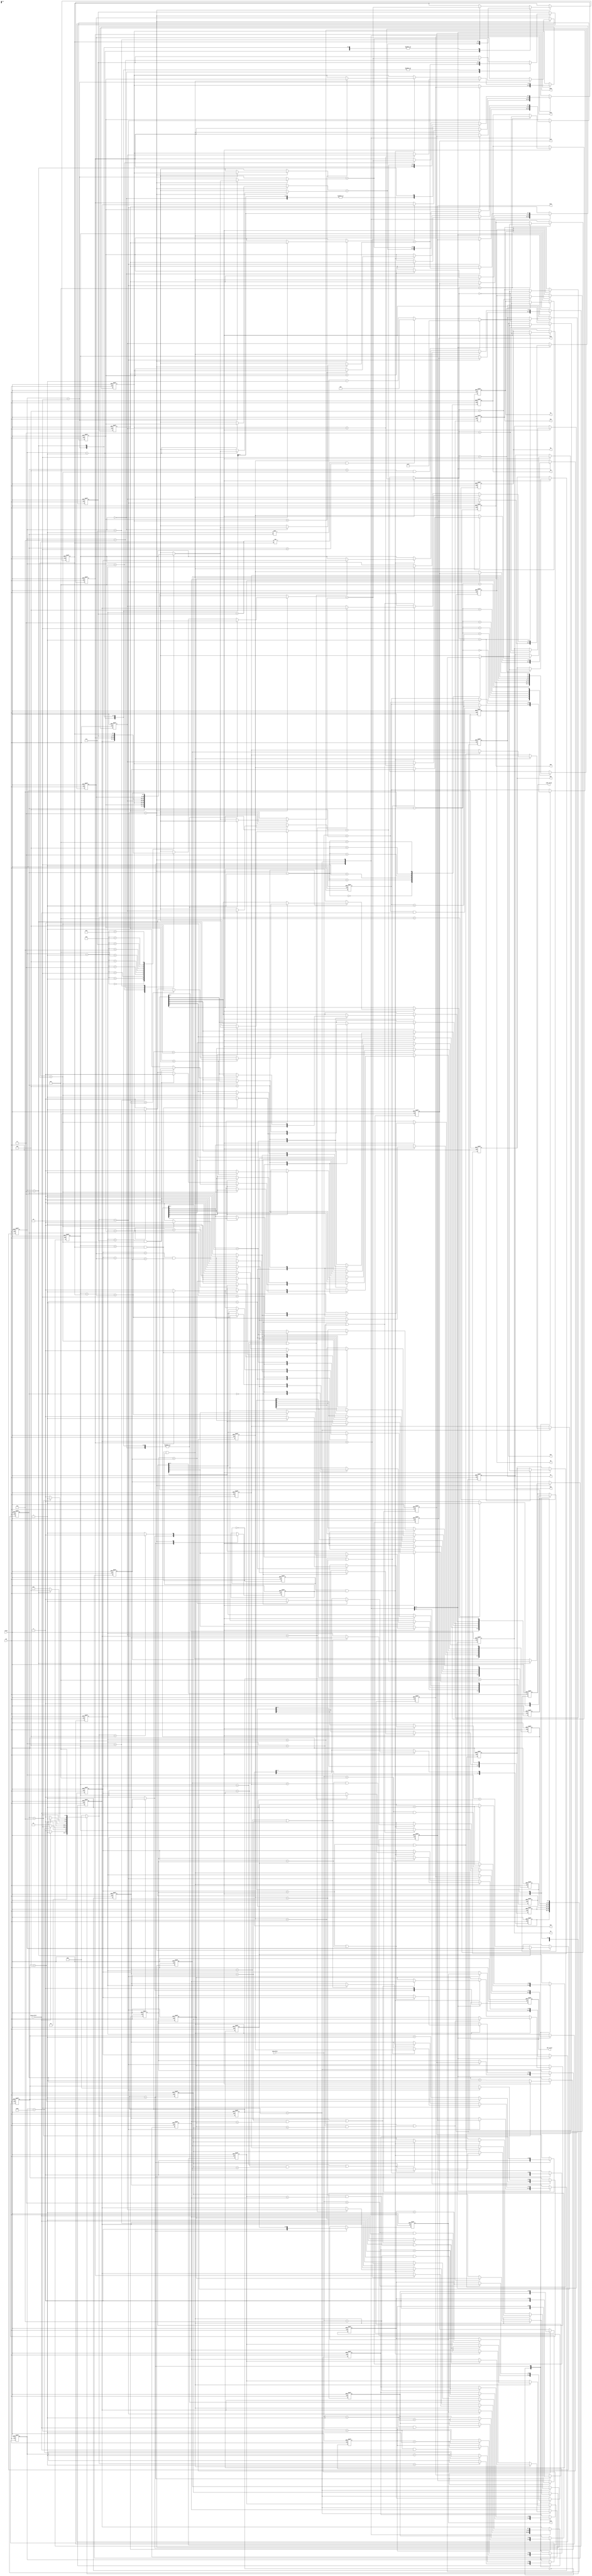
//############################################################################
//++++++++++++++++++++++++++++++++++++++++++++++++++++++++++++++++++++++++++++
// 	2018 IC CONTEST
// 	Project	:	Huffman Coding
//++++++++++++++++++++++++++++++++++++++++++++++++++++++++++++++++++++++++++++
// 	Module Name	:	huffman
//++++++++++++++++++++++++++++++++++++++++++++++++++++++++++++++++++++++++++++
//############################################################################

module huffman(clk, reset, gray_valid, gray_data, CNT_valid, CNT1, CNT2, CNT3, CNT4, CNT5, CNT6,code_valid, HC1, HC2, HC3, HC4, HC5, HC6, M1, M2, M3, M4, M5, M6);

input clk;
input reset;
input gray_valid;
input [7:0] gray_data;
output reg CNT_valid;
output reg [7:0] CNT1, CNT2, CNT3, CNT4, CNT5, CNT6;
output reg code_valid;
output reg [7:0] HC1, HC2, HC3, HC4, HC5, HC6;
output reg [7:0] M1, M2, M3, M4, M5, M6;

reg			in_valid;
reg			sort_flag;
reg			sort_index;
reg			comb_flag;

reg [2:0]   read_cnt;
reg	[2:0]	comb_cnt;
reg	[2:0]	sort_cnt;
reg	[2:0]	spilt_cnt;
reg	[6:0]	num_cnt;

reg	[6:0]	A1_cnt;
reg	[6:0]	A2_cnt;
reg	[6:0]	A3_cnt;
reg	[6:0]	A4_cnt;
reg	[6:0]	A5_cnt;
reg	[6:0]	A6_cnt;

reg	[7:0]	Queue		[0:5];	
reg	[7:0]	Out_Queue	[0:5];
reg	[2:0]	R_Queue		[0:5];
reg	[7:0]	C_Queue		[0:9];

reg	[2:0]	current_state;
reg	[2:0]	next_state;

integer i;

parameter	IDLE	=	3'd0;
parameter	READ	=	3'd1;
parameter	SORT 	=	3'd2;
parameter	COMB 	=	3'd3;
parameter	SPLIT 	=	3'd4;
parameter	FINISH 	=	3'd5; 

//++++++++++++++++++++++++++++++++++++++++++++++++++++++++++++++++++++++++++++
//FSM
//++++++++++++++++++++++++++++++++++++++++++++++++++++++++++++++++++++++++++++

always @(posedge clk or posedge reset) 
	begin
		if(reset)
			begin
				current_state <= IDLE;
			end
		else 
			begin
				current_state <= next_state;
			end
	end

always @(*) 
	begin
		case(current_state)
				IDLE:	next_state = (gray_valid) ? READ : IDLE;
				READ:	next_state = ( (num_cnt == 7'd101) ) ? SORT : READ;
				SORT:	next_state = (sort_cnt == 3'd4) ? COMB : SORT;
				COMB:	next_state = (comb_cnt == 3'd3) ? SPLIT : /*(comb_cnt > 3'd0) ?*/ SORT/* : COMB*/;
				SPLIT:	next_state = (spilt_cnt == 3'd6) ? FINISH : SPLIT;
				FINISH:	next_state = FINISH;
		default:
			begin
				next_state = IDLE;
			end
		endcase
	end

//++++++++++++++++++++++++++++++++++++++++++++++++++++++++++++++++++++++++++++
//NUM_CNT
//++++++++++++++++++++++++++++++++++++++++++++++++++++++++++++++++++++++++++++

always @(posedge clk or posedge reset) 
	begin
		if(reset)
			begin
				num_cnt <= 7'd0;
			end
		else 
			begin
				case(current_state)
					IDLE:
						begin
							num_cnt <= (next_state == READ) ? num_cnt + 7'd1 : num_cnt;
						end
					READ:
						begin
							num_cnt <= (num_cnt == 7'd101) ? num_cnt : num_cnt + 7'd1;
						end
				default:
					begin
						num_cnt <= num_cnt;
					end
				endcase
			end
	end

//++++++++++++++++++++++++++++++++++++++++++++++++++++++++++++++++++++++++++++
//A_CNT
//++++++++++++++++++++++++++++++++++++++++++++++++++++++++++++++++++++++++++++

always @(posedge clk or posedge reset) 
	begin
		if(reset)
			begin
				A1_cnt <= 7'd0;
				A2_cnt <= 7'd0;
				A3_cnt <= 7'd0;
				A4_cnt <= 7'd0;
				A5_cnt <= 7'd0;
				A6_cnt <= 7'd0;
			end
		else 
			begin
				case(current_state)
					IDLE:
						begin
							A1_cnt <= ( (gray_data == 8'd1) && (gray_valid) )  ? A1_cnt + 7'd1 : A1_cnt;
							A2_cnt <= ( (gray_data == 8'd2) && (gray_valid) )  ? A2_cnt + 7'd1 : A2_cnt;
							A3_cnt <= ( (gray_data == 8'd3) && (gray_valid) )  ? A3_cnt + 7'd1 : A3_cnt;
							A4_cnt <= ( (gray_data == 8'd4) && (gray_valid) )  ? A4_cnt + 7'd1 : A4_cnt;
							A5_cnt <= ( (gray_data == 8'd5) && (gray_valid) )  ? A5_cnt + 7'd1 : A5_cnt;
							A6_cnt <= ( (gray_data == 8'd6) && (gray_valid) )  ? A6_cnt + 7'd1 : A6_cnt;
						end
					READ:
						begin
							A1_cnt <= (gray_data == 8'd1) ? A1_cnt + 7'd1 : A1_cnt;
							A2_cnt <= (gray_data == 8'd2) ?	A2_cnt + 7'd1 : A2_cnt;
							A3_cnt <= (gray_data == 8'd3) ?	A3_cnt + 7'd1 : A3_cnt;
							A4_cnt <= (gray_data == 8'd4) ?	A4_cnt + 7'd1 : A4_cnt;
							A5_cnt <= (gray_data == 8'd5) ?	A5_cnt + 7'd1 : A5_cnt;
							A6_cnt <= (gray_data == 8'd6) ?	A6_cnt + 7'd1 : A6_cnt;
						end
				default:
					begin
						A1_cnt <= A1_cnt;
						A2_cnt <= A2_cnt;
						A3_cnt <= A3_cnt;
						A4_cnt <= A4_cnt;
						A5_cnt <= A5_cnt;
						A6_cnt <= A6_cnt;
					end
				endcase
			end
	end

//++++++++++++++++++++++++++++++++++++++++++++++++++++++++++++++++++++++++++++
//CNT1~CNT6
//++++++++++++++++++++++++++++++++++++++++++++++++++++++++++++++++++++++++++++

always @(posedge clk or posedge reset) 
	begin
		if(reset)
			begin
				CNT1 <= 8'd0;
				CNT2 <= 8'd0;
				CNT3 <= 8'd0;
				CNT4 <= 8'd0;
				CNT5 <= 8'd0;
				CNT6 <= 8'd0;
			end
		else
			begin
				case(current_state)
					READ:
						begin
							CNT1 <= A1_cnt;
							CNT2 <= A2_cnt;
							CNT3 <= A3_cnt;
							CNT4 <= A4_cnt;
							CNT5 <= A5_cnt;
							CNT6 <= A6_cnt;								
						end
					SORT:
						begin
							CNT1 <= CNT1;
							CNT2 <= CNT2;
							CNT3 <= CNT3;
							CNT4 <= CNT4;
							CNT5 <= CNT5;
							CNT6 <= CNT6;
						end
				default:
						begin
							CNT1 <= CNT1;
							CNT2 <= CNT2;
							CNT3 <= CNT3;
							CNT4 <= CNT4;
							CNT5 <= CNT5;
							CNT6 <= CNT6;									
						end
				endcase							
			end
	end

//++++++++++++++++++++++++++++++++++++++++++++++++++++++++++++++++++++++++++++
//SORT_INDEX
//++++++++++++++++++++++++++++++++++++++++++++++++++++++++++++++++++++++++++++

always@(posedge clk or posedge reset)
	begin
        if(reset)
        	begin
        		sort_index <= 0;
        	end
        else
        	begin
        		sort_index <= ~sort_index;
        	end
     end

//++++++++++++++++++++++++++++++++++++++++++++++++++++++++++++++++++++++++++++
//COMB_FLAG
//++++++++++++++++++++++++++++++++++++++++++++++++++++++++++++++++++++++++++++

always @(posedge clk or posedge reset) 
	begin
		if(reset)
			begin
				comb_flag <= 1'd0;
			end
		else
			begin
				comb_flag <= ( C_Queue[5] == 8'd0 ) ? 1'd0 : 1'd1;																	
			end
	end

//++++++++++++++++++++++++++++++++++++++++++++++++++++++++++++++++++++++++++++
//IN_VALID
//++++++++++++++++++++++++++++++++++++++++++++++++++++++++++++++++++++++++++++

always@(posedge clk or posedge reset)
	begin
        if(reset)
        	begin
        		in_valid <= 1'd0;
        	end
        else
        	begin
        		case(current_state)
        			READ:
        				begin
        					in_valid <= (next_state == SORT) ? 1'd1 : 1'd0;
        				end
        			SORT:
        				begin
        					in_valid <= in_valid;
        				end
        			COMB:
        				begin
        				 	in_valid <= (next_state == SPLIT) ? 1'd0 : 1'd1;
        				 end 
        		default:
        			begin
        				in_valid <= in_valid;
        			end
        		endcase
        	end
       end

//++++++++++++++++++++++++++++++++++++++++++++++++++++++++++++++++++++++++++++
//SORT_CNT
//++++++++++++++++++++++++++++++++++++++++++++++++++++++++++++++++++++++++++++

always @(posedge clk or posedge reset) 
	begin
		if(reset)
		    begin
				sort_cnt <= 3'd0;
			end
		else 
			begin
				case(current_state)
					SORT:
						begin
							sort_cnt <= (sort_cnt == 3'd4) ? sort_cnt : sort_cnt + 3'd1;
						end
					COMB:
						begin
							sort_cnt <= (next_state == SORT) ? 3'd0 : sort_cnt;
						end
				default:
					begin
						sort_cnt <= sort_cnt;
					end
				endcase
			end
	end

//++++++++++++++++++++++++++++++++++++++++++++++++++++++++++++++++++++++++++++
//READ_CNT
//++++++++++++++++++++++++++++++++++++++++++++++++++++++++++++++++++++++++++++

always @(posedge clk or posedge reset) 
	begin
		if(reset)
			begin
				read_cnt <= 3'd0;
			end
		else
			begin
				case(current_state)
					IDLE:
						begin
							read_cnt <= (next_state == SORT) ? read_cnt + 3'd1 : read_cnt;									
						end
					READ:
						begin
							read_cnt <= (read_cnt == 3'd5) ? read_cnt : read_cnt + 3'd1;																	
						end
				default:
						begin
							read_cnt <= read_cnt;																			
						end						
				endcase											
			end
	end

//++++++++++++++++++++++++++++++++++++++++++++++++++++++++++++++++++++++++++++
//R_QUEUE
//++++++++++++++++++++++++++++++++++++++++++++++++++++++++++++++++++++++++++++

always @(posedge clk or posedge reset) 
	begin
		if(reset)
			begin
				R_Queue[0] <= 3'd1 - 3'd1;
				R_Queue[1] <= 3'd2 - 3'd1;
				R_Queue[2] <= 3'd3 - 3'd1;
				R_Queue[3] <= 3'd4 - 3'd1;
				R_Queue[4] <= 3'd5 - 3'd1;
				R_Queue[5] <= 3'd6 - 3'd1;
			end
		else
			begin
				case(current_state)
					SORT:
						begin
							if( (sort_index == 1'd0) && (in_valid) )
								begin
    								for(i=0 ; i<6 ; i=i+2)
    									begin
    										R_Queue[i] <= ( (Queue[i] > Queue[i+1])	||	( (Queue[i] == Queue[i+1]) && (R_Queue[i] < R_Queue[i+1]) ) ) ? R_Queue[i+1] : R_Queue[i]; 
    										R_Queue[i+1] <= ( (Queue[i] > Queue[i+1])	||	( (Queue[i] == Queue[i+1]) && (R_Queue[i] < R_Queue[i+1]) ) ) ? R_Queue[i] : R_Queue[i+1];
    									end
								end
							else if( (sort_index == 1'd1) && (in_valid) )
								begin
    								for(i=1 ; i<4 ; i=i+2)
    									begin
    										R_Queue[i] <= ( (Queue[i] > Queue[i+1]) || ( (Queue[i] == Queue[i+1]) && (R_Queue[i] < R_Queue[i+1]) ) ) ? R_Queue[i+1] : R_Queue[i]; 
    										R_Queue[i+1] <= ( (Queue[i] > Queue[i+1]) || ( (Queue[i] == Queue[i+1]) && (R_Queue[i] < R_Queue[i+1]) ) ) ? R_Queue[i] : R_Queue[i+1];
    									end
 								end
						end
				default:
					begin
						R_Queue[0] <= R_Queue[0];
						R_Queue[1] <= R_Queue[1];
						R_Queue[2] <= R_Queue[2];
						R_Queue[3] <= R_Queue[3];
						R_Queue[4] <= R_Queue[4];
						R_Queue[5] <= R_Queue[5];
					end	
				endcase		
			end
	end


//++++++++++++++++++++++++++++++++++++++++++++++++++++++++++++++++++++++++++++
//QUEUE
//++++++++++++++++++++++++++++++++++++++++++++++++++++++++++++++++++++++++++++

always @(posedge clk or posedge reset) 
	begin
		if(reset)
			begin
				for(i=0 ; i<6 ; i=i+1)
					begin
						Queue[i] <= 8'd0;
					end
			end
		else 
			begin
				case(current_state)
					READ:
						begin
							Queue[0] <= (next_state == SORT) ? CNT1 : Queue[0];
							Queue[1] <= (next_state == SORT) ? CNT2 : Queue[1];
							Queue[2] <= (next_state == SORT) ? CNT3 : Queue[2];
							Queue[3] <= (next_state == SORT) ? CNT4 : Queue[3];
							Queue[4] <= (next_state == SORT) ? CNT5 : Queue[4];
							Queue[5] <= (next_state == SORT) ? CNT6 : Queue[5];
						end
					SORT:
						begin
							if( (sort_index == 1'd0) && (in_valid) )
								begin
    								for(i=0 ; i<6 ; i=i+2)
    									begin
    										Queue[i] <= ( (Queue[i] > Queue[i+1])	||	( (Queue[i] == Queue[i+1]) && (i < i+1) ) ) ? Queue[i+1] : Queue[i]; 
    										Queue[i+1] <= ( (Queue[i] > Queue[i+1])	||	( (Queue[i] == Queue[i+1]) && (i < i+1) ) ) ? Queue[i] : Queue[i+1];
    									end
								end
							else if( (sort_index == 1'd1) && (in_valid) )
								begin
    								for(i=1 ; i<4 ; i=i+2)
    									begin
    										Queue[i] <= ( (Queue[i] > Queue[i+1])	||	( (Queue[i] == Queue[i+1]) && (i < i+1) ) ) ? Queue[i+1] : Queue[i]; 
    										Queue[i+1] <= ( (Queue[i] > Queue[i+1])	||	( (Queue[i] == Queue[i+1]) && (i < i+1) ) ) ? Queue[i] : Queue[i+1];
    									end
 								end
						end
					COMB:
						begin
							
						end
				default:
					begin
						for(i=0 ; i<6 ; i=i+1)
							begin
								Queue[i] <= Queue[i];
							end	
					end
				endcase
			end

	end

//++++++++++++++++++++++++++++++++++++++++++++++++++++++++++++++++++++++++++++
//COMBINATION_CNT
//++++++++++++++++++++++++++++++++++++++++++++++++++++++++++++++++++++++++++++

always @(posedge clk or posedge reset) 
	begin
		if(reset)
			begin
				comb_cnt <= 3'd0;
			end
		else 
			begin
				case(current_state)
					COMB:
						begin
							comb_cnt <= (comb_cnt == 3'd3) ? comb_cnt : comb_cnt + 3'd1;
						end
				default:
					begin
						comb_cnt <= comb_cnt;
					end
				endcase
			end
	end

//++++++++++++++++++++++++++++++++++++++++++++++++++++++++++++++++++++++++++++
//C_QUEUE
//++++++++++++++++++++++++++++++++++++++++++++++++++++++++++++++++++++++++++++

always @(posedge clk or posedge reset) 
	begin
		if(reset)
			begin
				for(i=0 ; i<10 ; i=i+1)
					begin
						C_Queue[i] <= 8'd0;
					end																
			end
		else
			begin
				case(current_state)
					READ:
						begin
							C_Queue[0] <= (next_state == SORT) ? CNT1 : C_Queue[0];
							C_Queue[1] <= (next_state == SORT) ? CNT2 : C_Queue[1];
							C_Queue[2] <= (next_state == SORT) ? CNT3 : C_Queue[2];
							C_Queue[3] <= (next_state == SORT) ? CNT4 : C_Queue[3];
							C_Queue[4] <= (next_state == SORT) ? CNT5 : C_Queue[4];
							C_Queue[5] <= (next_state == SORT) ? CNT6 : C_Queue[5];
							C_Queue[6] <=  C_Queue[6];
							C_Queue[7] <=  C_Queue[7];
							C_Queue[8] <=  C_Queue[8];
							C_Queue[9] <=  C_Queue[9];
						end
					SORT:
						begin
							if( (sort_index == 1'd0) && (in_valid) )
								begin
    								for(i=0 ; i<6 ; i=i+2)
    									begin
    										C_Queue[i] <= ( C_Queue[i] > C_Queue[i+1] ) ? C_Queue[i+1] : C_Queue[i]; 
    										C_Queue[i+1] <= ( C_Queue[i] > C_Queue[i+1] ) ? C_Queue[i] : C_Queue[i+1];
    									end
								end
							else if( (sort_index == 1'd1) && (in_valid) )
								begin
    								for(i=1 ; i<4 ; i=i+2)
    									begin
    										C_Queue[i] <= ( C_Queue[i] > C_Queue[i+1] ) ? C_Queue[i+1] : C_Queue[i]; 
    										C_Queue[i+1] <= ( C_Queue[i] > C_Queue[i+1] ) ? C_Queue[i] : C_Queue[i+1];
    									end
 								end
						end
					COMB:
						begin
							case(comb_cnt)
								0:
									begin
										C_Queue[0] <= C_Queue[comb_cnt] + C_Queue[comb_cnt + 3'd1];
										C_Queue[6] <= C_Queue[comb_cnt] + C_Queue[comb_cnt + 3'd1];
									end
								1:
									begin
										C_Queue[1] <= C_Queue[comb_cnt] + C_Queue[comb_cnt + 3'd1];
										C_Queue[7] <= C_Queue[comb_cnt] + C_Queue[comb_cnt + 3'd1];
									end
								2:
									begin
										C_Queue[1] <= C_Queue[comb_cnt] + C_Queue[comb_cnt + 3'd1];
										C_Queue[8] <= C_Queue[comb_cnt] + C_Queue[comb_cnt + 3'd1];
									end
								3:
									begin
										C_Queue[5] <= C_Queue[comb_cnt] + C_Queue[comb_cnt + 3'd1];
										C_Queue[9] <= C_Queue[comb_cnt] + C_Queue[comb_cnt + 3'd1];
									end
							default:
								begin
									C_Queue[comb_cnt] <= C_Queue[comb_cnt] + C_Queue[comb_cnt + 3'd1];				
								end
							endcase
						end
					default:
						begin
							for(i=0 ; i<5 ; i=i+1)
								begin
									C_Queue[i] <= C_Queue[i];
								end			
						end
					endcase
			end
	end

//++++++++++++++++++++++++++++++++++++++++++++++++++++++++++++++++++++++++++++
//SPILT_CNT
//++++++++++++++++++++++++++++++++++++++++++++++++++++++++++++++++++++++++++++

always @(posedge clk or posedge reset) 
	begin
		if(reset)
			begin
				spilt_cnt <= 3'd0;
			end
		else
			begin
				case(current_state)
					SPLIT:
						begin
							spilt_cnt <= (spilt_cnt == 3'd6) ? spilt_cnt : spilt_cnt + 3'd1;										
						end
				default:
					begin
						spilt_cnt <= spilt_cnt;									 	
					end
				endcase									 	
			end
	end

//++++++++++++++++++++++++++++++++++++++++++++++++++++++++++++++++++++++++++++
//OUT_QUEUE
//++++++++++++++++++++++++++++++++++++++++++++++++++++++++++++++++++++++++++++

always @(posedge clk or posedge reset) 
	begin
		if(reset)
			begin
				for(i=0 ; i<6 ; i=i+1)
					begin
						Out_Queue[i] <= 8'd0;		
					end		
			end
		else
			begin
				case(current_state)
					SPLIT:
						begin
							case(spilt_cnt) 
								0:
									begin
										Out_Queue[0][0] <= (Queue[5] < C_Queue[9]) ? 1'd1 : (Queue[5] == C_Queue[9]) ? 1'd0 : 1'd0; //4
										Out_Queue[1][1] <= (Queue[5] < C_Queue[9]) ? 1'd0 : (Queue[5] == C_Queue[9]) ? 1'd1 : 1'd1; //6
										Out_Queue[2][2] <= (Queue[5] < C_Queue[9]) ? 1'd0 : (Queue[5] == C_Queue[9]) ? 1'd1 : 1'd1; //5
										Out_Queue[3][3] <= (Queue[5] < C_Queue[9]) ? 1'd0 : (Queue[5] == C_Queue[9]) ? 1'd1 : 1'd1; //2
										Out_Queue[4][4] <= (Queue[5] < C_Queue[9]) ? 1'd0 : (Queue[5] == C_Queue[9]) ? 1'd1 : 1'd1; //1
										Out_Queue[5][4] <= (Queue[5] < C_Queue[9]) ? 1'd0 : (Queue[5] == C_Queue[9]) ? 1'd1 : 1'd1; //3
									end
								1:
									begin
										//HC1[1] <= (Queue[4] < C_Queue[3]) ? 1'd0 : (Queue[4] == C_Queue[3]) ? 1'd1 : 1'd1;
										Out_Queue[1][0] <= (Queue[4] < C_Queue[8] && (Queue[4] + C_Queue[8] == C_Queue[9])) ? 1'd1 : (Queue[4] == C_Queue[3]) ? 1'd0 : 1'd0;
										Out_Queue[2][1] <= (Queue[4] < C_Queue[8] && (Queue[4] + C_Queue[8] == C_Queue[9])) ? 1'd0 : (Queue[4] == C_Queue[3]) ? 1'd1 : 1'd1;
										Out_Queue[3][2] <= (Queue[4] < C_Queue[8] && (Queue[4] + C_Queue[8] == C_Queue[9])) ? 1'd0 : (Queue[4] == C_Queue[3]) ? 1'd1 : 1'd1;
										Out_Queue[4][3] <= (Queue[4] < C_Queue[8] && (Queue[4] + C_Queue[8] == C_Queue[9])) ? 1'd0 : (Queue[4] == C_Queue[3]) ? 1'd1 : 1'd1;
										Out_Queue[5][3] <= (Queue[4] < C_Queue[8] && (Queue[4] + C_Queue[8] == C_Queue[9])) ? 1'd0 : (Queue[4] == C_Queue[3]) ? 1'd1 : 1'd1;
									end
								2:	begin
										//HC1[2] <= (Queue[3] < C_Queue[2]) ? 1'd0 : (Queue[3] == C_Queue[2]) ? 1'd1 : 1'd1;
										//HC2[2] <= (Queue[3] < C_Queue[2]) ? 1'd0 : (Queue[3] == C_Queue[2]) ? 1'd1 : 1'd1;
										if( (Queue[3] + C_Queue[7] == C_Queue[8]) )
											begin
												Out_Queue[2][0] <= (Queue[3] < C_Queue[7] && (Queue[3] + C_Queue[7] == C_Queue[8])) ? 1'd1 : (Queue[3] == C_Queue[2]) ? 1'd0 : 1'd0;
												Out_Queue[3][1] <= (Queue[3] < C_Queue[7] && (Queue[3] + C_Queue[7] == C_Queue[8])) ? 1'd0 : (Queue[3] == C_Queue[2]) ? 1'd1 : 1'd0;
												Out_Queue[4][2] <= (Queue[3] < C_Queue[7] && (Queue[3] + C_Queue[7] == C_Queue[8])) ? 1'd0 : (Queue[3] == C_Queue[2]) ? 1'd1 : 1'd1;
												Out_Queue[5][2] <= (Queue[3] < C_Queue[7] && (Queue[3] + C_Queue[7] == C_Queue[8])) ? 1'd0 : (Queue[3] == C_Queue[2]) ? 1'd1 : 1'd1;
											end
										else
											begin
												//Out_Queue[2][0] <= (Queue[3] < C_Queue[7] && (Queue[3] + C_Queue[2] == C_Queue[3])) ? 1'd1 : (Queue[3] == C_Queue[2]) ? 1'd0 : 1'd0;
												Out_Queue[2][3] <= Out_Queue[2][2]; 
												Out_Queue[2][2] <= Out_Queue[2][1];
												Out_Queue[2][1] <= (Queue[3] < C_Queue[7] && (Queue[3] + C_Queue[7] == C_Queue[8])) ? 1'd1 : (Queue[3] == C_Queue[2]) ? 1'd0 : 1'd0;
												Out_Queue[3][1] <= (Queue[3] < C_Queue[7] && (Queue[3] + C_Queue[7] == C_Queue[8])) ? 1'd0 : (Queue[3] == C_Queue[2]) ? 1'd1 : 1'd0;
												Out_Queue[4][2] <= (Queue[3] < C_Queue[7] && (Queue[3] + C_Queue[7] == C_Queue[8])) ? 1'd0 : (Queue[3] == C_Queue[2]) ? 1'd1 : 1'd1;
												Out_Queue[5][2] <= (Queue[3] < C_Queue[7] && (Queue[3] + C_Queue[7] == C_Queue[8])) ? 1'd0 : (Queue[3] == C_Queue[2]) ? 1'd1 : 1'd1;																	
											end
									end
								3:	begin
										//HC1[3] <= (Queue[2] < C_Queue[1]) ? 1'd0 : (Queue[2] == C_Queue[1]) ? 1'd1 : 1'd1;
										//HC2[3] <= (Queue[2] < C_Queue[1]) ? 1'd0 : (Queue[2] == C_Queue[1]) ? 1'd1 : 1'd1;
										//HC3[3] <= (Queue[2] < C_Queue[1]) ? 1'd0 : (Queue[2] == C_Queue[1]) ? 1'd1 : 1'd1;
										if( (Queue[2] + C_Queue[6] == C_Queue[7]) )
											begin
												Out_Queue[3][0] <= (Queue[2] < C_Queue[6] && (Queue[2] + C_Queue[6] == C_Queue[7])) ? 1'd1 : (Queue[2] == C_Queue[1]) ? 1'd0 : 1'd0;
												Out_Queue[4][1] <= (Queue[2] < C_Queue[6] && (Queue[2] + C_Queue[6] == C_Queue[7])) ? 1'd0 : (Queue[2] == C_Queue[1]) ? 1'd1 : 1'd1;
												Out_Queue[5][1] <= (Queue[2] < C_Queue[6] && (Queue[2] + C_Queue[6] == C_Queue[7])) ? 1'd0 : (Queue[2] == C_Queue[1]) ? 1'd1 : 1'd1;
											end
										else
											begin
												Out_Queue[2][0] <= (Queue[2] < C_Queue[6] && (Queue[2] + C_Queue[6] == C_Queue[7])) ? 1'd0 : (Queue[2] == C_Queue[1]) ? 1'd0 : 1'd0;
												Out_Queue[3][0] <= (Queue[2] < C_Queue[6] && (Queue[2] + C_Queue[6] == C_Queue[7])) ? 1'd1 : (Queue[2] == C_Queue[1]) ? 1'd0 : 1'd1;
												Out_Queue[4][1] <= (Queue[2] < C_Queue[6] && (Queue[2] + C_Queue[6] == C_Queue[7])) ? 1'd0 : (Queue[2] == C_Queue[1]) ? 1'd1 : 1'd0;
												Out_Queue[5][1] <= (Queue[2] < C_Queue[6] && (Queue[2] + C_Queue[6] == C_Queue[7])) ? 1'd0 : (Queue[2] == C_Queue[1]) ? 1'd1 : 1'd1;																
											end

									end
								4:	begin
										//HC1[4] <= (Queue[1] < C_Queue[0]) ? 1'd0 : (Queue[1] == C_Queue[0]) ? 1'd1 : 1'd1;
										//HC2[4] <= (Queue[1] < C_Queue[0]) ? 1'd0 : (Queue[1] == C_Queue[0]) ? 1'd1 : 1'd1;
										//HC3[4] <= (Queue[1] < C_Queue[0]) ? 1'd0 : (Queue[1] == C_Queue[0]) ? 1'd1 : 1'd1;
										//HC4[4] <= (Queue[1] < C_Queue[0]) ? 1'd0 : (Queue[1] == C_Queue[0]) ? 1'd1 : 1'd1;
										if((Queue[2] + C_Queue[6] == C_Queue[7]))
											begin
												Out_Queue[4][0] <= (C_Queue[1] < C_Queue[0] ) ? 1'd1 : (Queue[1] == C_Queue[0]) ? 1'd0 : (Queue[2] == C_Queue[1]) ? 1'd0 : 1'd0;
												Out_Queue[5][0] <= (C_Queue[1] < C_Queue[0] ) ? 1'd0 : (Queue[1] == C_Queue[0]) ? 1'd1 : (Queue[2] == C_Queue[1]) ? 1'd1 : 1'd0;
											end
										else
											begin
												Out_Queue[4][0] <= Out_Queue[4][1];
												Out_Queue[4][1] <= Out_Queue[4][2];
												Out_Queue[4][2] <= Out_Queue[4][3];
												Out_Queue[4][3] <= Out_Queue[4][4];

												Out_Queue[5][0] <= Out_Queue[5][1];
												Out_Queue[5][1] <= Out_Queue[5][2];
												Out_Queue[5][2] <= Out_Queue[5][3];
												Out_Queue[5][3] <= Out_Queue[5][4];
																													
											end
									end
							default:
								begin
									Out_Queue[0] <= Out_Queue[0];
									Out_Queue[1] <= Out_Queue[1];
									Out_Queue[2] <= Out_Queue[2];
									Out_Queue[3] <= Out_Queue[3];
									Out_Queue[4] <= Out_Queue[4];
									Out_Queue[5] <= Out_Queue[5];									
								end
							endcase					
						end
				default:
					begin
						Out_Queue[0] <= Out_Queue[0];
						Out_Queue[1] <= Out_Queue[1];
						Out_Queue[2] <= Out_Queue[2];
						Out_Queue[3] <= Out_Queue[3];
						Out_Queue[4] <= Out_Queue[4];
						Out_Queue[5] <= Out_Queue[5];		
					end
				endcase

			end
	end

//++++++++++++++++++++++++++++++++++++++++++++++++++++++++++++++++++++++++++++
//HC1~HC6
//++++++++++++++++++++++++++++++++++++++++++++++++++++++++++++++++++++++++++++

always @(posedge clk or posedge reset) 
	begin
		if(reset)
			begin
				HC1 <= 8'd0;
				HC2 <= 8'd0;
				HC3 <= 8'd0;
				HC4 <= 8'd0;
				HC5 <= 8'd0;
				HC6 <= 8'd0;			
			end
		else
			begin
				case(current_state)
					SPLIT:
						begin
							case(R_Queue[3'd6 - spilt_cnt])
								0:	HC1 <= Out_Queue[spilt_cnt - 3'd1];
								1:	HC2 <= Out_Queue[spilt_cnt - 3'd1];
								2:	HC3 <= Out_Queue[spilt_cnt - 3'd1];
								3:	HC4 <= Out_Queue[spilt_cnt - 3'd1];
								4:	HC5 <= Out_Queue[spilt_cnt - 3'd1];
								5:	HC6 <= Out_Queue[spilt_cnt - 3'd1];
							default:
								begin
									HC1 <= HC1;
									HC2 <= HC2;
									HC3 <= HC3;
									HC4 <= HC4;
									HC5 <= HC5;
									HC6 <= HC6;
								end
							endcase			
						end
				default:
					begin
						HC1 <= HC1;
						HC2 <= HC2;
						HC3 <= HC3;
						HC4 <= HC4;
						HC5 <= HC5;
						HC6 <= HC6;			
					end
				endcase
			end
	end

//++++++++++++++++++++++++++++++++++++++++++++++++++++++++++++++++++++++++++++
//M1~M6
//++++++++++++++++++++++++++++++++++++++++++++++++++++++++++++++++++++++++++++

always @(posedge clk or posedge reset) 
	begin
		if(reset)
			begin
				M1 <= 8'd0;
				M2 <= 8'd0;
				M3 <= 8'd0;
				M4 <= 8'd0;
				M5 <= 8'd0;
				M6 <= 8'd0;
			end
		else
			begin
				case(current_state)
					SPLIT:
						begin
							case(R_Queue[3'd6 - spilt_cnt])
								0: M1 <= (spilt_cnt > 3'd4 && ((Queue[2] + C_Queue[6] == C_Queue[7])) ) ? 8'd31 : ((Queue[2] + C_Queue[6] != C_Queue[7]) && (spilt_cnt > 3'd2)) ? 8'd15 : 2**(spilt_cnt) - 3'd1;
								1: M2 <= (spilt_cnt > 3'd4 && ((Queue[2] + C_Queue[6] == C_Queue[7])) ) ? 8'd31 : ((Queue[2] + C_Queue[6] != C_Queue[7]) && (spilt_cnt > 3'd2)) ? 8'd15 : 2**(spilt_cnt) - 3'd1;
								2: M3 <= (spilt_cnt > 3'd4 && ((Queue[2] + C_Queue[6] == C_Queue[7])) ) ? 8'd31 : ((Queue[2] + C_Queue[6] != C_Queue[7]) && (spilt_cnt > 3'd2)) ? 8'd15 : 2**(spilt_cnt) - 3'd1;
								3: M4 <= (spilt_cnt > 3'd4 && ((Queue[2] + C_Queue[6] == C_Queue[7])) ) ? 8'd31 : ((Queue[2] + C_Queue[6] != C_Queue[7]) && (spilt_cnt > 3'd2)) ? 8'd15 : 2**(spilt_cnt) - 3'd1;
								4: M5 <= (spilt_cnt > 3'd4 && ((Queue[2] + C_Queue[6] == C_Queue[7])) ) ? 8'd31 : ((Queue[2] + C_Queue[6] != C_Queue[7]) && (spilt_cnt > 3'd2)) ? 8'd15 : 2**(spilt_cnt) - 3'd1;
								5: M6 <= (spilt_cnt > 3'd4 && ((Queue[2] + C_Queue[6] == C_Queue[7])) ) ? 8'd31 : ((Queue[2] + C_Queue[6] != C_Queue[7]) && (spilt_cnt > 3'd2)) ? 8'd15 : 2**(spilt_cnt) - 3'd1;
							default:
								begin
									M1 <= M1;
									M2 <= M2;
									M3 <= M3;
									M4 <= M4;
									M5 <= M5;
									M6 <= M6;
								end
							endcase
						end
				default:
						begin
							M1 <= M1;
							M2 <= M2;
							M3 <= M3;
							M4 <= M4;
							M5 <= M5;
							M6 <= M6;																				
						end
				endcase															
			end
	end

//++++++++++++++++++++++++++++++++++++++++++++++++++++++++++++++++++++++++++++
//CNT_VALID
//++++++++++++++++++++++++++++++++++++++++++++++++++++++++++++++++++++++++++++

always @(posedge clk or posedge reset) 
	begin
		if(reset)
			begin
				CNT_valid <= 1'd0;
			end
		else
			begin
				case(current_state)
					READ:	CNT_valid <= (next_state == SORT) ? 1'd1 : 1'd0;
					SORT:	CNT_valid <= 1'd0; 
				default:
					begin
						CNT_valid <= CNT_valid;			
					end
				endcase
			end
	end

//++++++++++++++++++++++++++++++++++++++++++++++++++++++++++++++++++++++++++++
//CODE_VALID
//++++++++++++++++++++++++++++++++++++++++++++++++++++++++++++++++++++++++++++

always @(posedge clk or posedge reset) 
	begin
		if(reset)
			begin
				code_valid <= 1'd0;
			end
		else
			begin
				case(current_state)
					SPLIT:	code_valid <= (next_state == FINISH) ? 1'd1 : 1'd0;
					FINISH:	code_valid <= 1'd0;
				default:
					begin
						code_valid <= code_valid;
					end
				endcase
			end
	end

endmodule